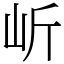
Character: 岓